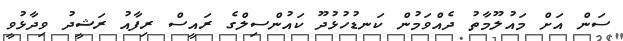
ސަން އަށް މައުލޫމާތު ދެއްވަމުން ކަނޑުހުޅުދޫ ކައުންސިލްގެ ރައީސް ރިފާއު ރަޝީދު ވިދާޅުވީ